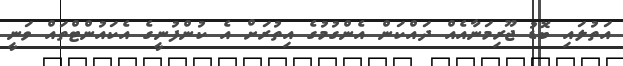
އަތުލައި ބޮޑު ޖޫރިމަނާއެއް ދައްކަން އެންގުމުގެ އިތުރަށް އެ ކުންފުނީގެ އެކައުންޓްތައް ވަނީ